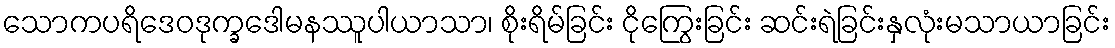
သောကပရိဒေဝဒုက္ခဒေါမနဿူပါယာသာ၊ စိုးရိမ်ခြင်း ငိုကြွေးခြင်း ဆင်းရဲခြင်းနှလုံးမသာယာခြင်း